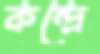
কন্দ্রে